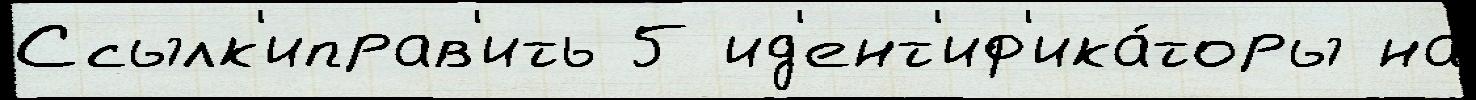
Ссылк'иправ'ить 5 ид'ент'иф'ика́торы на